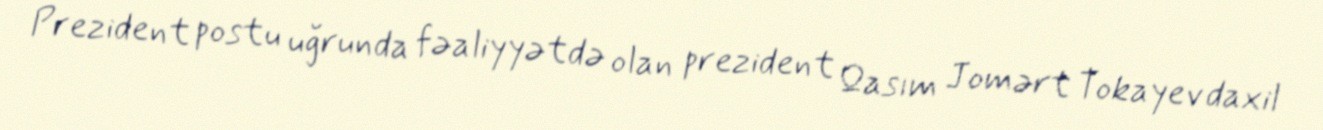
Prezident postu uğrunda fəaliyyətdə olan prezident Qasım Jomərt Tokayev daxil